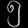
Digit: ၅